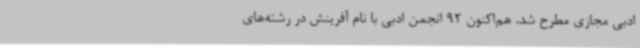
ادبی مجازی مطرح شد. هم‌اکنون 92 انجمن ادبی با نام آفرینش در رشته‌های